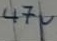
Text: 47µ